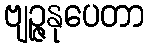
ဗျဉ္ဇနုပေတာ